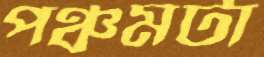
পঞ্চমটা